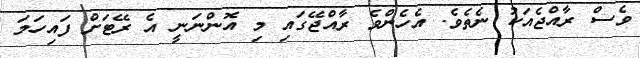
ވެސް ރާއްޖެއަކު ނެތެވެ. އެހެންވެ ރާއްޖޭގައި މި އޮންނަނީ އެ ރޭޓަށް ފައިހަމަ